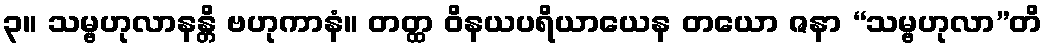
၃။ သမ္ဗဟုလာနန္တိ ဗဟုကာနံ။ တတ္ထ ဝိနယပရိယာယေန တယော ဇနာ “သမ္ဗဟုလာ”တိ